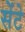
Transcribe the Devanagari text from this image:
सेंटे